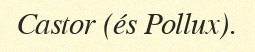
Castor (és Pollux).